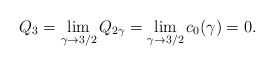
\begin{align*}Q_3=\lim\limits_{\gamma\to3/2}Q_{2\gamma}=\lim\limits_{\gamma\to3/2}c_0(\gamma)=0.\end{align*}